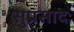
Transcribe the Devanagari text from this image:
सुप्रसादः